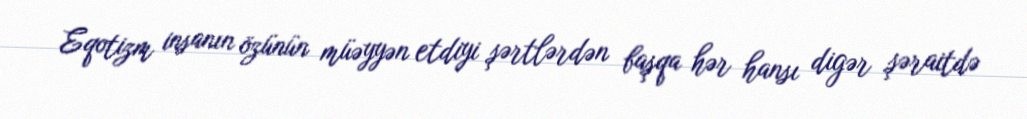
Eqotizm insanın özünün müəyyən etdiyi şərtlərdən başqa hər hansı digər şəraitdə